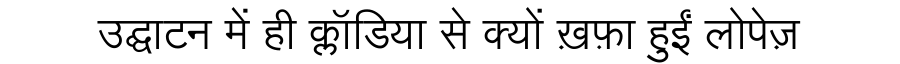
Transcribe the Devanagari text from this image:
उद्घाटन में ही क्लॉडिया से क्यों ख़फ़ा हुईं लोपेज़